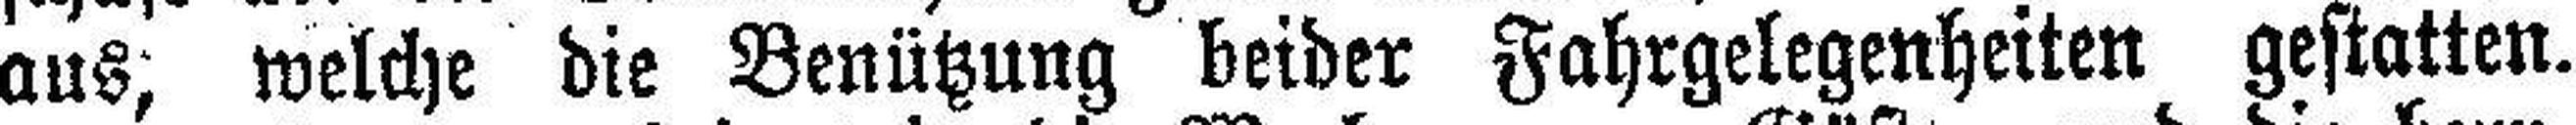
aus, welche die Benützung beider Fahrgelegenheiten gestatten.